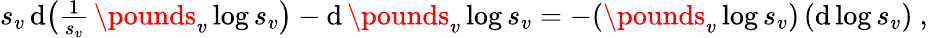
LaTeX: \begin{array}{r}{s_{v}\, \mathrm{d}\bigl(\frac{1}{s_{v}}\, \pounds_{v}\log s_{v}\bigr)-\mathrm{d}\, \pounds_{v}\log s_{v}=-(\pounds_{v}\log s_{v})\, (\mathrm{d}\log s_{v})\ ,}\end{array}